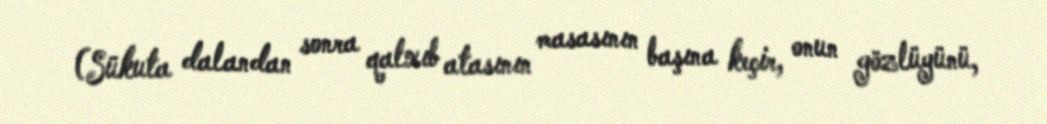
(Sükuta dalandan sonra qalxıb atasının masasının başına keçir, onun gözlüyünü,